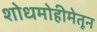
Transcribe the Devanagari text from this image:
शोधमोहीमेतून